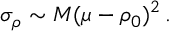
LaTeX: \sigma _ { \rho } \sim M ( \mu - \rho _ { 0 } ) ^ { 2 } \, .